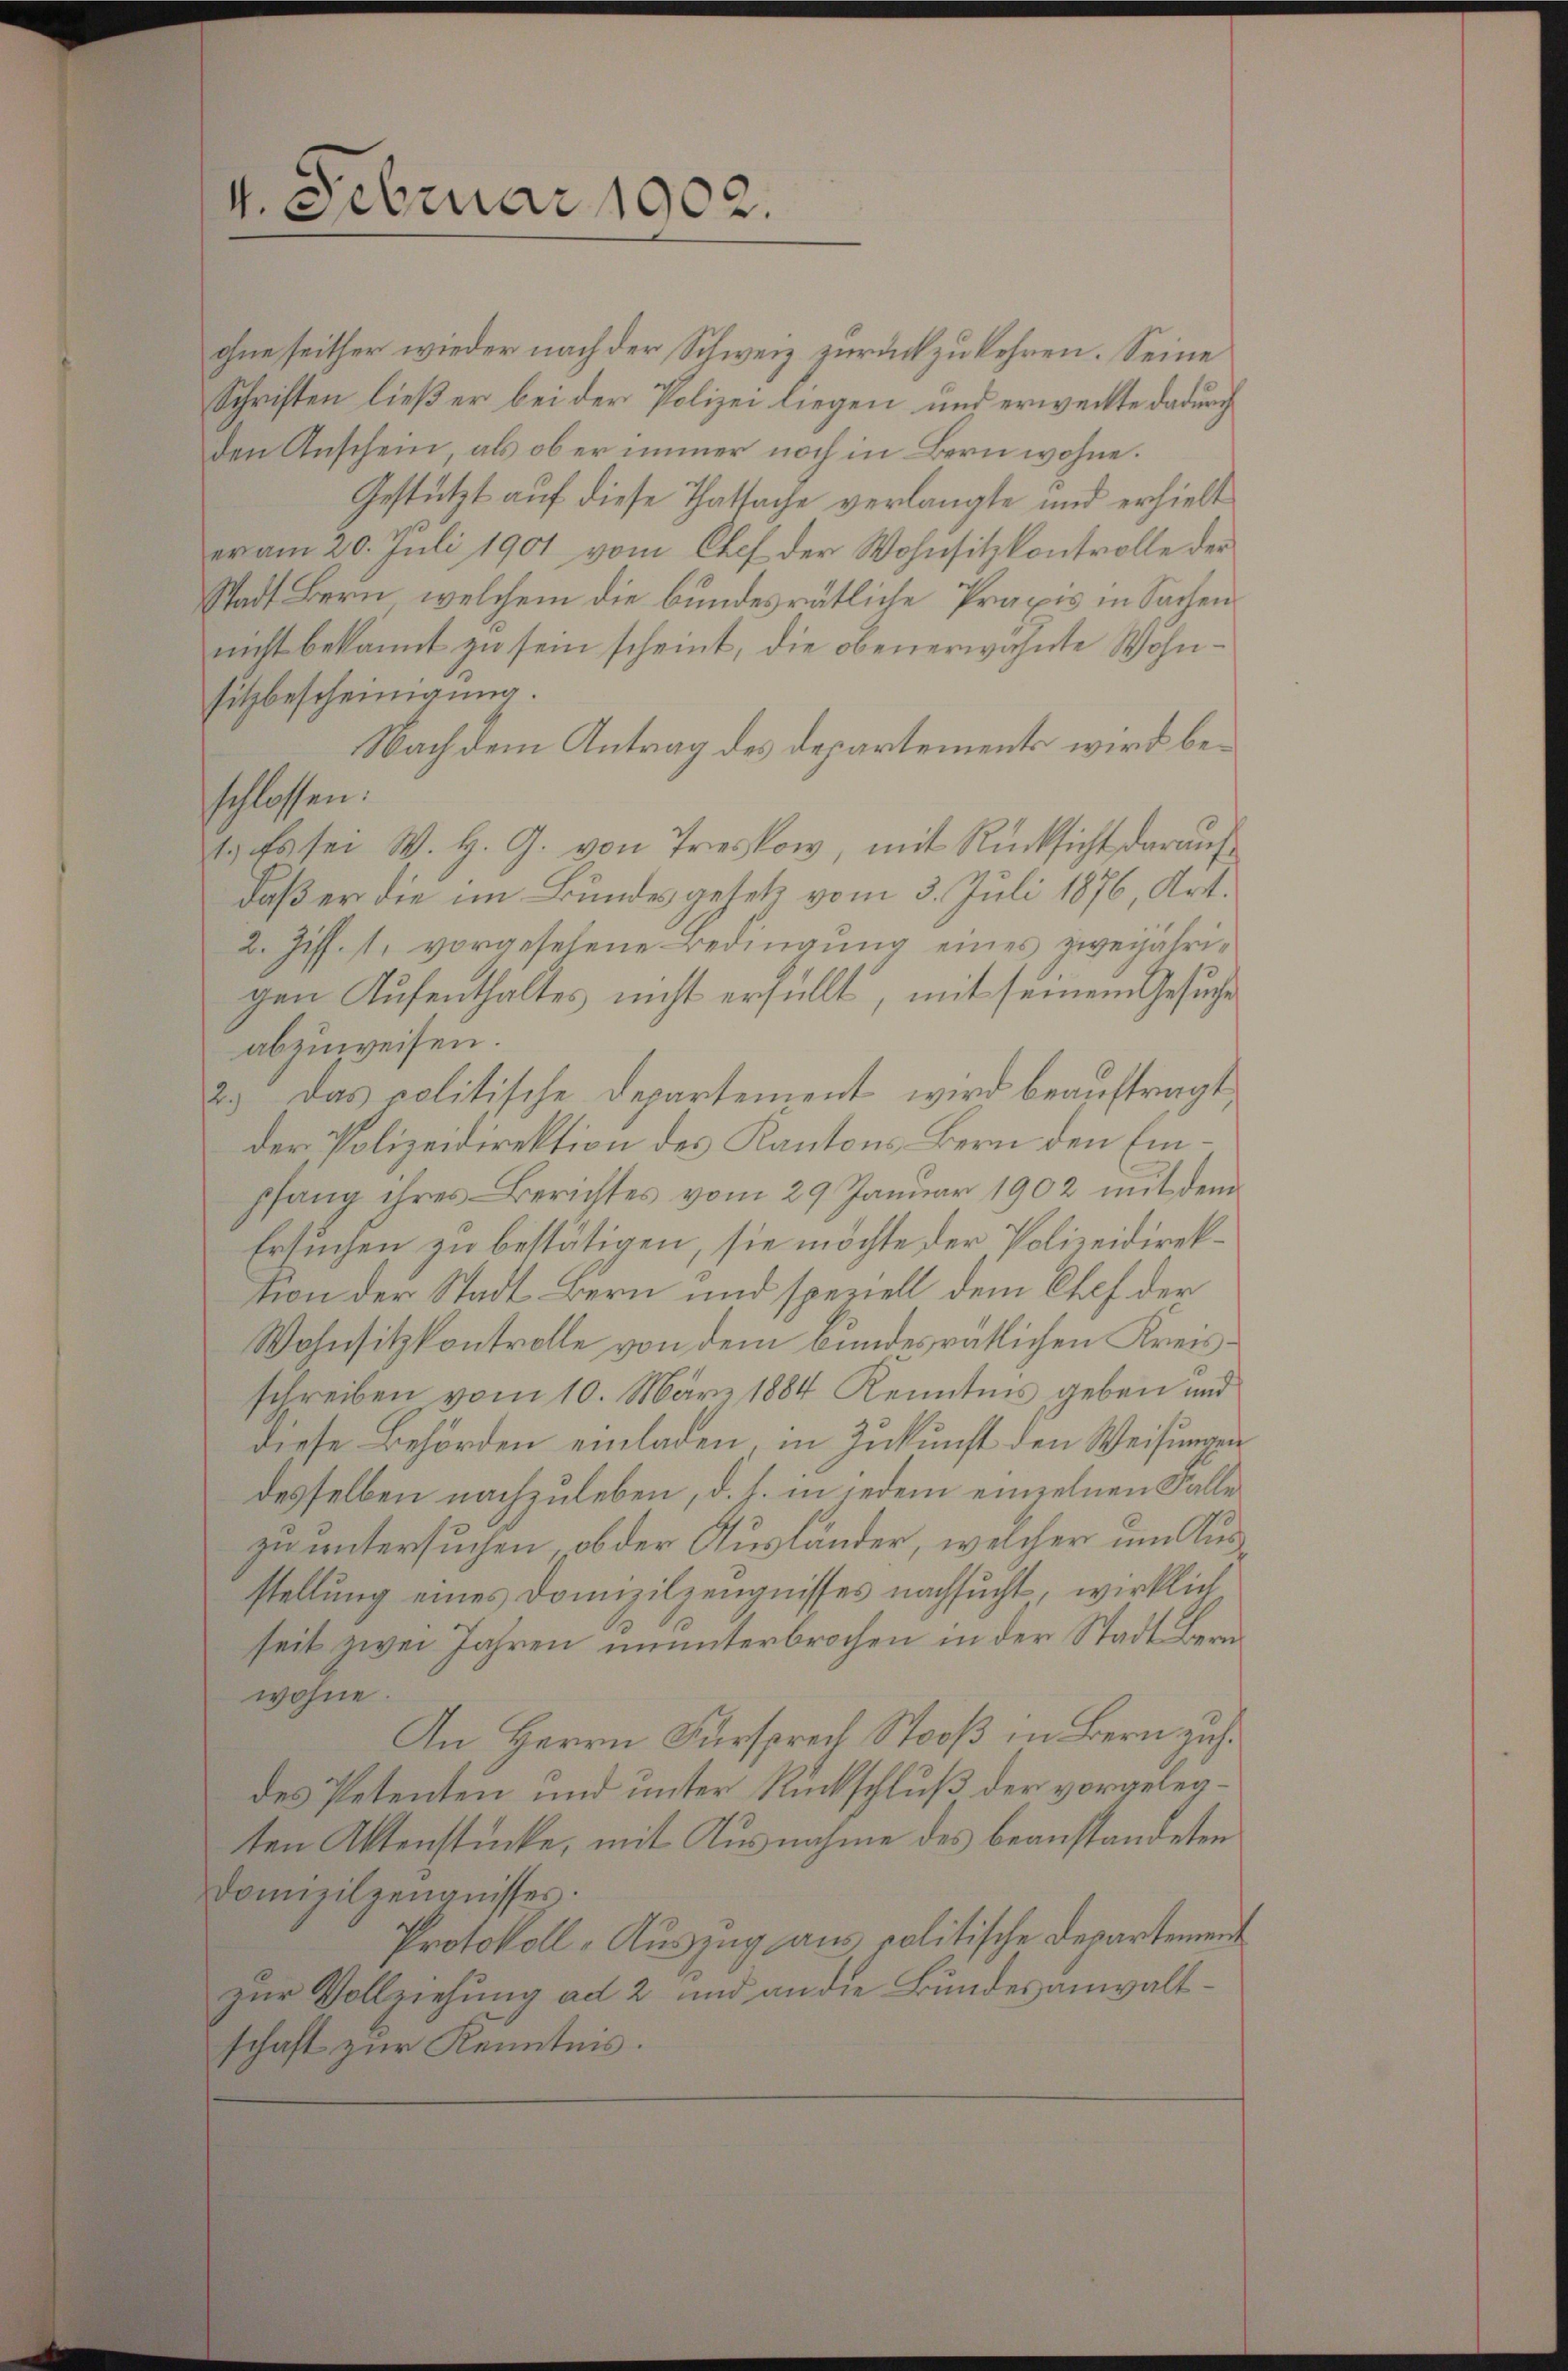
4. Februar 1902.

ohne seither wieder nach der Schweiz zurückzukehren. Seine
Schriften ließer bei der Polizei liegen und erweitte dadurch
den Anschein, als ob er immer noch in Bern wohne.
Gestützt auf diese Thatsache verlangte und erhielt
er am 20. Juli 1901 vom Chef der Wohnsitzkontrolle der
Stadt Bern, welchem die bundesrätliche Praxis in Sachen
nicht bekannt zu sein scheint, die obenerwähnte Wohnsitzbescheinigung.
Nach dem Antrag des Departements wird beschlossen:
1. Es sei W. H. G. von Treskow, mit Rücksicht darauf
daß er die im Bundesgesetz vom 3. Juli 1876, Art.
2. Ziff. 1, vorgesehene Bedingung eines zweijährigen Aufenthaltes nicht erfüllt, mit seinem Gesuche
abzuweisen.
2.) Das politische Departement wird beauftragt,
der Polizeidirektion des Kantons Bern den Einpfang ihres Berichtes vom 29 Januar 1902 mit dem
Ersuchen zu bestätigen, sie möchte der Polizeidirektion der Stadt Bern und speziell dem Chef der
Wohnsitzkontrolle von dem bundesrätlichen Kreisschreiben vom 10. März 1884 Kenntnis geben und
diese Behörden einladen, in Zukunft den Weisungen
desselben nachzuleben, d. h. in jedem einzelnen Falle
zu untersuchen, ob der Ausländer, welcher um Ausstellung eines Domizilzeugnisses nachsucht, wirklich
seit zwei Jahren ununterbrochen in der Stadt Bern
wohne.
An Herrn Fürsprech Stooß in Bern zus
des Petenten und unter Rückschluß der vorgelegten Aktenstücke, mit Ausnahme des beanstandeten
Domizilzeŭgnisses.
Protokoll-Auszug aus politische Departement
zur Vollziehung ad 2 und an die Bundesanwaltschaft zur Kenntnis.